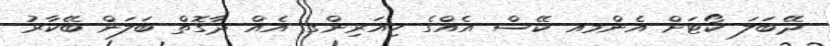
ދޭބަލަ ކޯޓަށް އެންމއ ކޭސް އެއްގެ ހިއަރިންގ އެއް ދާގޮތް ބަލަން ބޭކާރު